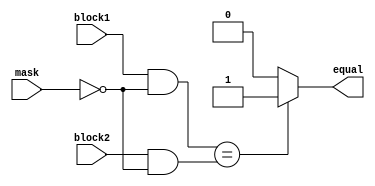
module Masked_Comparator (
    input [31:0] block1,
    input [31:0] block2,
    input [31:0] mask,
    output reg equal
);

reg [31:0] masked_block1;
reg [31:0] masked_block2;

always @* begin
    masked_block1 = block1 & ~mask;
    masked_block2 = block2 & ~mask;
end

always @* begin
    if (masked_block1 == masked_block2) begin
        equal = 1;
    end else begin
        equal = 0;
    end
end

endmodule